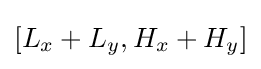
[L_{x}+L_{y},H_{x}+H_{y}]